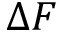
\Delta F